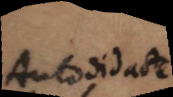
Autodidacte